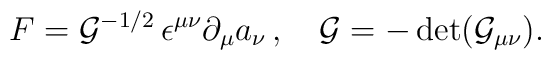
F={\cal G}^{-1/2}\, \epsilon^{\mu\nu}\partial_\mu a_\nu\, ,\quad{\cal G}=-\det ({\cal G}_{\mu\nu}).